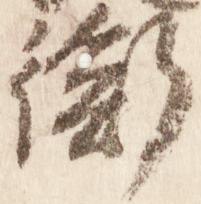
衡